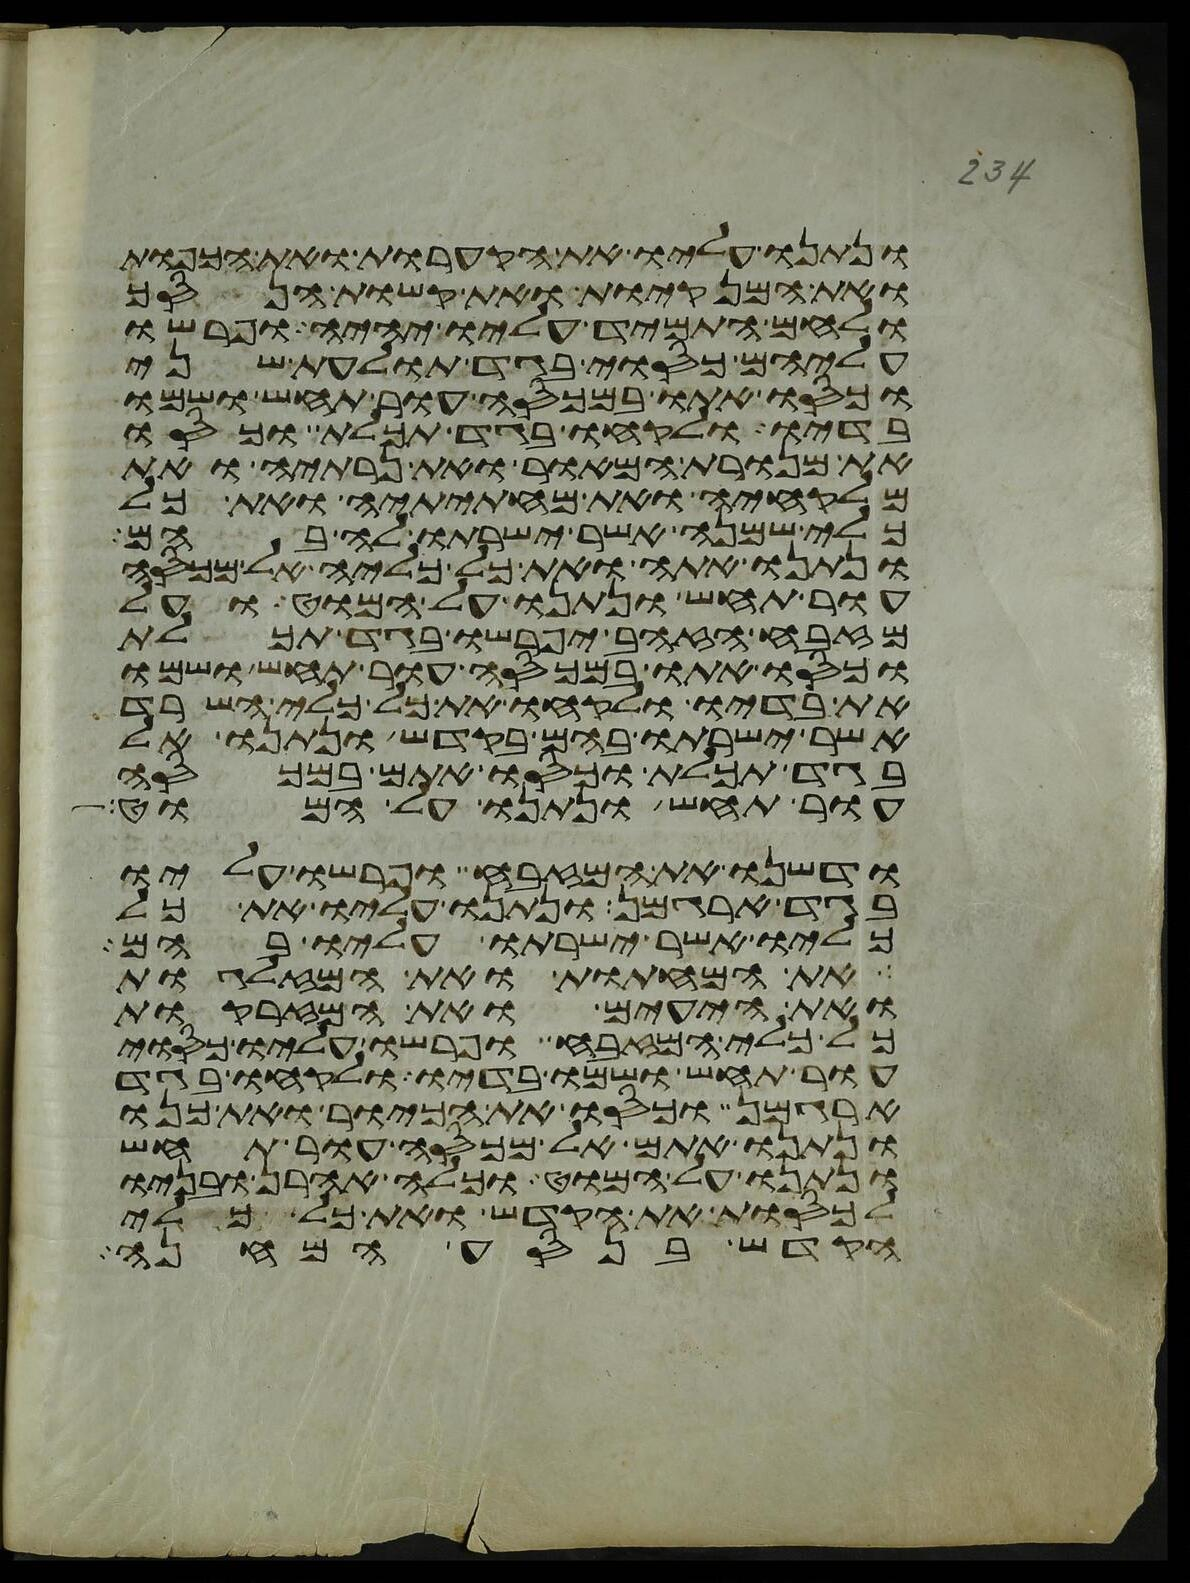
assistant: ונתנו עליו את הקערות ואת הכפות
ואת המנקיות ואת קשות הנסך
ולחם התמיד עליו יהיה ופרשו
עליהם כסוי בגד תולעת שני
וכסו אתו במכסה עור תחש ושמו
בדיו ולקחו בגד תכלת וכסו
את מנורת המאור ואת נרתיה ואת
מלקחיה ואת מחתיתיה ואת כל
כלי שמנה אשר ישרתו לה בהם
ונתנו אתה ואת כל כליה אל מכסה
עור תחש ונתנו על המוט ועל
מזבח הזהב יפרשו בגד תכלת
וכסו אתו במכסה עור תחש ושמו
את בדיו ולקחו את כל כלי השרת
אשר ישרתו בהם בקדש ונתנו אל
בגד תכלת וכסו אתם במכסה
עור תחש ונתנו על המוט
ודשנו את המזבח ופרשו עליו
בגד ארגמן ונתנו עליו את כל
כליו אשר ישרתו עליו בהם
את המחתות ואת המזלגות
ואת היעים ואת המזרקות
כל כלי המזבח ופרשו עליו כסוי
עור תחש ושמו בדיו ולקחו בגד
ארגמן וכסו את הכיור ואת כנו
ונתנו אתם אל מכסה עור תחש
ונתנו על המוט וכלה אהרן ובניו
לכסות את הקדש ואת כל כלי
הקדש בנסע המחנה